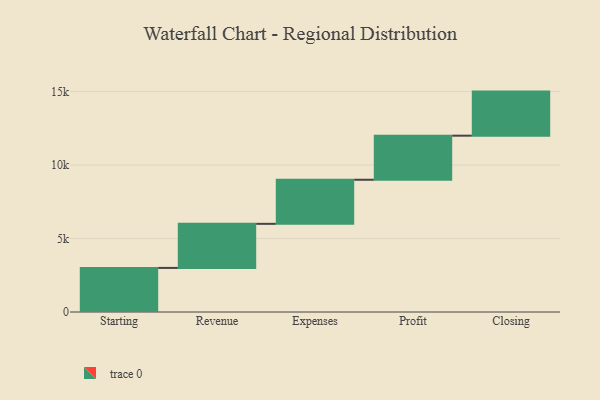
{"axis": {"x": "Step", "y": "Value"}, "legend": [""], "data": [{"x": "Starting", "y": 3000, "type": ""}, {"x": "Revenue", "y": 3000, "type": ""}, {"x": "Expenses", "y": 3000, "type": ""}, {"x": "Profit", "y": 3000, "type": ""}, {"x": "Closing", "y": 3000, "type": ""}]}